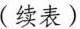
(续表)